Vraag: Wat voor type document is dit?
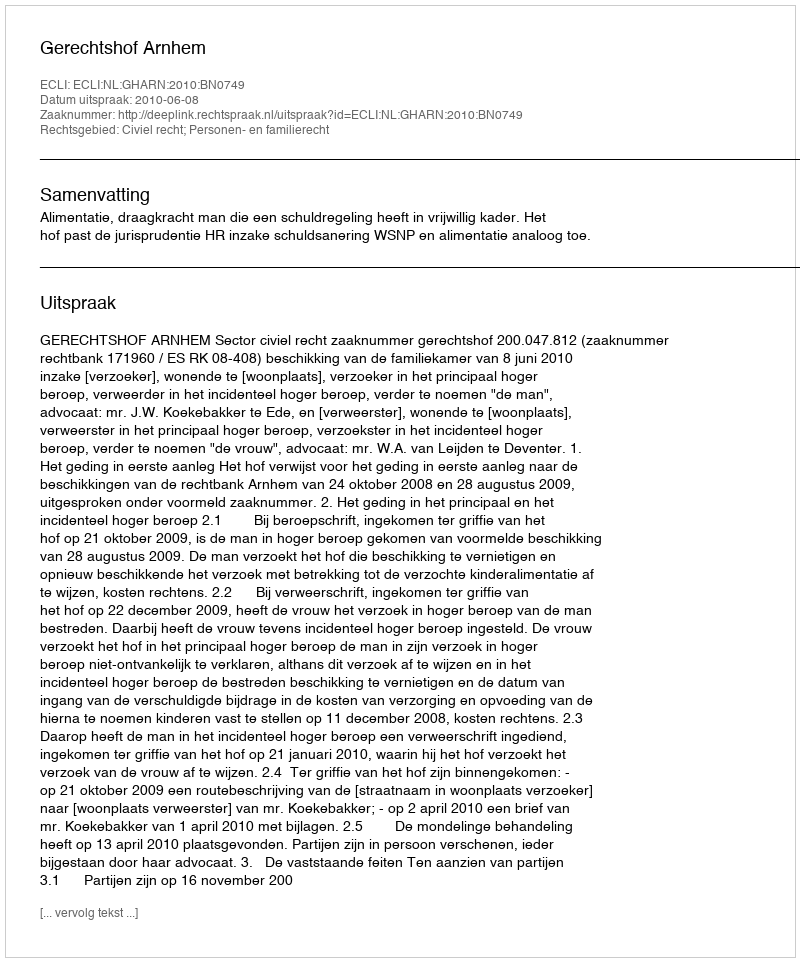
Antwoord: Uitspraak